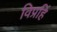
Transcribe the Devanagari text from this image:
विप्रहिं